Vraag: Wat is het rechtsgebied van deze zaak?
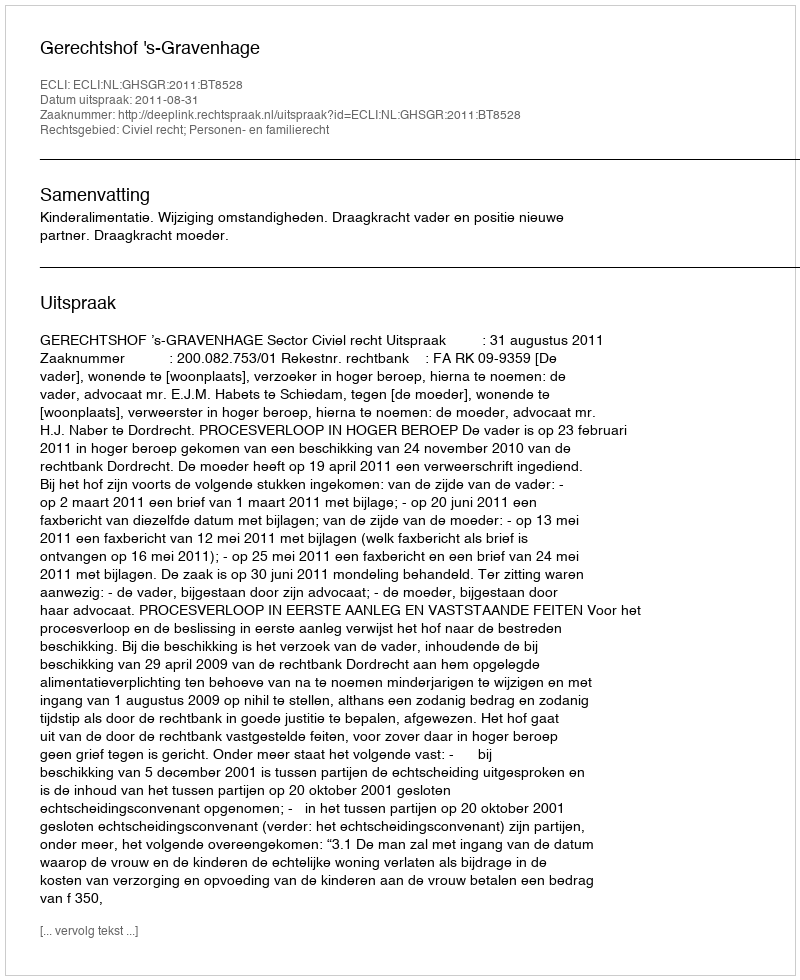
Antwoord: Civiel recht; Personen- en familierecht